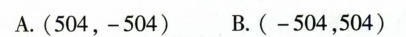
A.A.(504，-504) B.(-504，504)